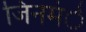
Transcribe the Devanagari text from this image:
जिनमंे